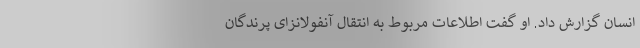
انسان گزارش داد. او گفت اطلاعات مربوط به انتقال آنفولانزای پرندگان